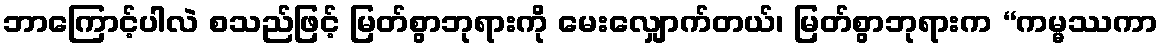
ဘာကြောင့်ပါလဲ စသည်ဖြင့် မြတ်စွာဘုရားကို မေးလျှောက်တယ်၊ မြတ်စွာဘုရားက “ကမ္မဿကာ